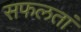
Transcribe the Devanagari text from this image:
सफलतां